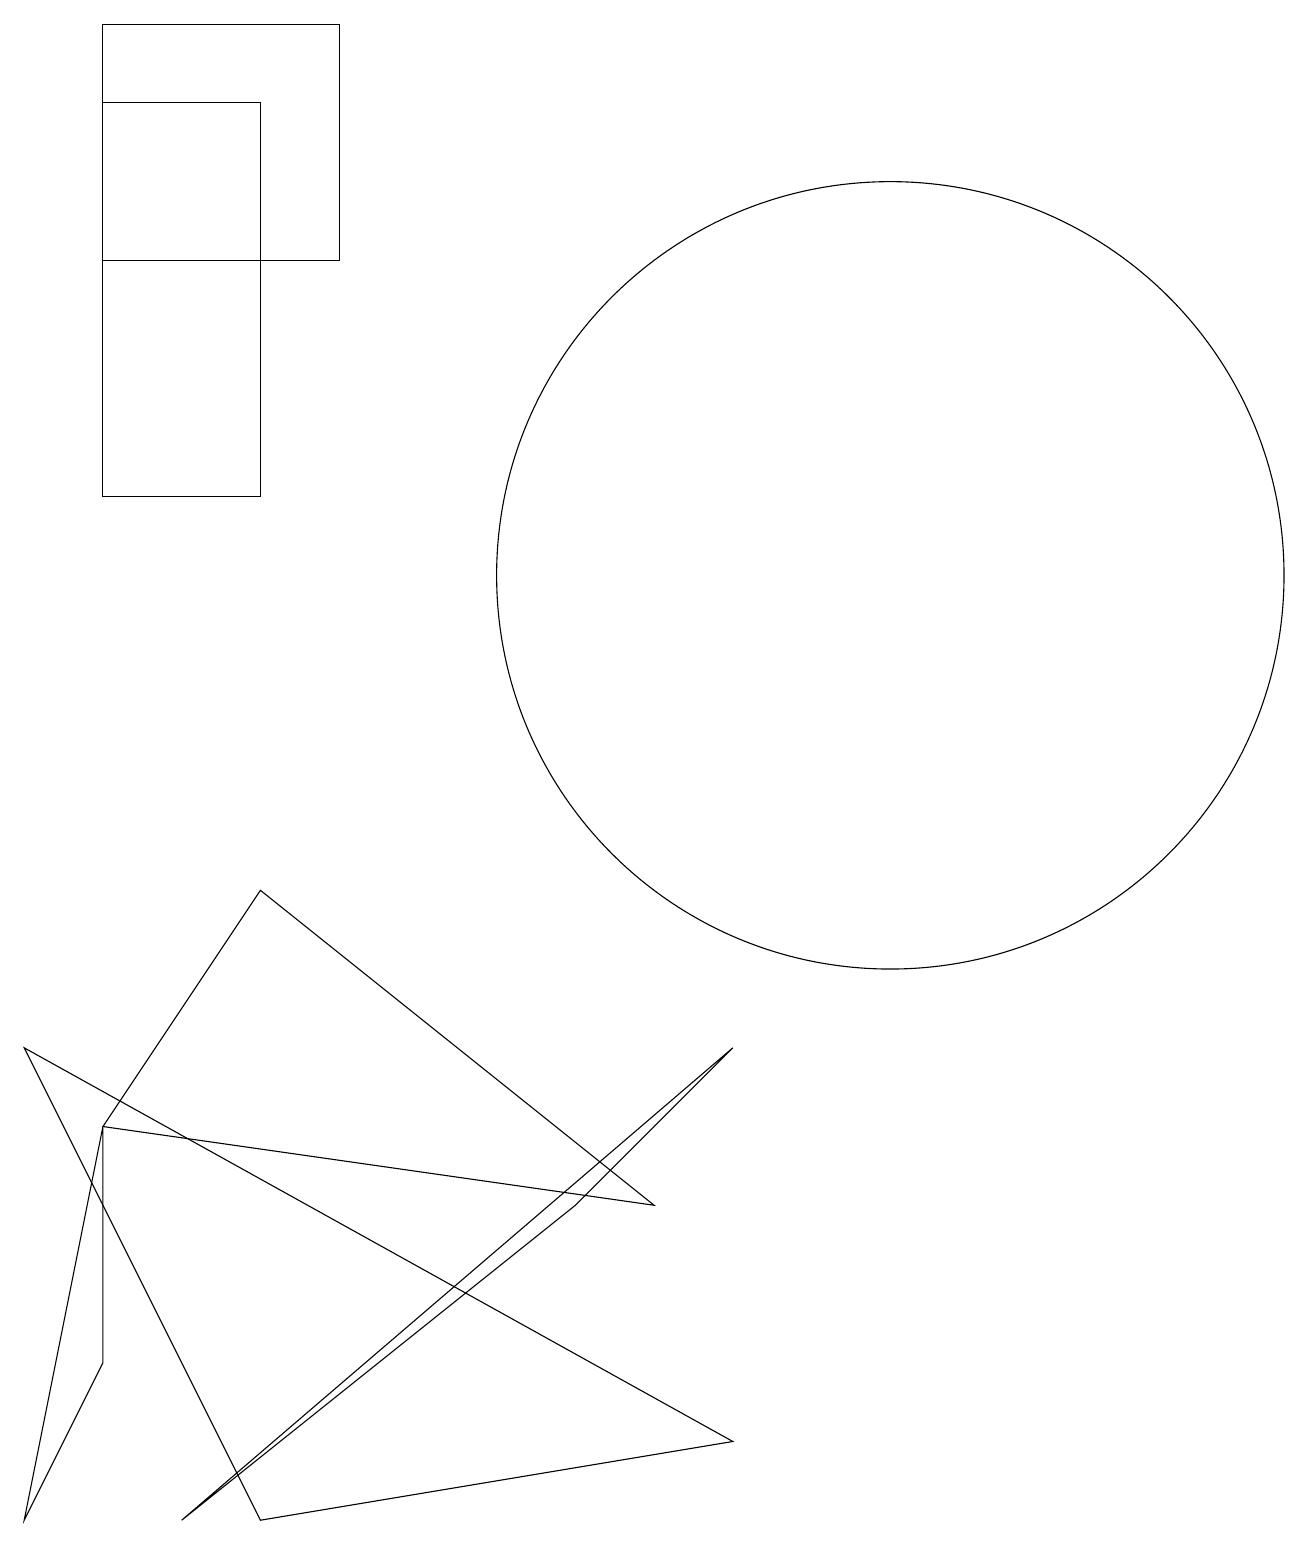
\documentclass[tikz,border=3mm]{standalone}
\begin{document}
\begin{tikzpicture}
\draw (1,5) -- (0,0) -- (1,2) -- cycle;
\draw (0,6) -- (3,0) -- (9,1) -- cycle;
\draw (3,13) rectangle (1,18);
\draw (4,19) rectangle (1,16);
\draw (1,5) -- (8,4) -- (3,8) -- cycle;
\draw (11,12) circle (5);
\draw (2,0) -- (9,6) -- (7,4) -- cycle;
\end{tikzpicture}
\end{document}